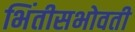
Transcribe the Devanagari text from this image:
भिंतीसभोवती